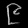
Digit: ၉